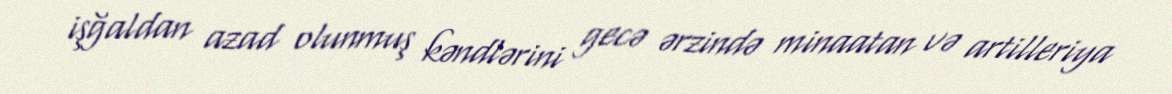
işğaldan azad olunmuş kəndlərini gecə ərzində minaatan və artilleriya